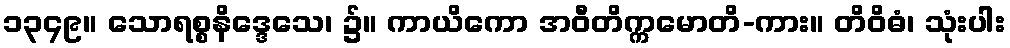
၁၃၄၉။ သောရစ္စနိဒ္ဒေသေ၊ ၌။ ကာယိကော အဝီတိက္ကမောတိ-ကား။ တိဝိဓံ၊ သုံးပါး